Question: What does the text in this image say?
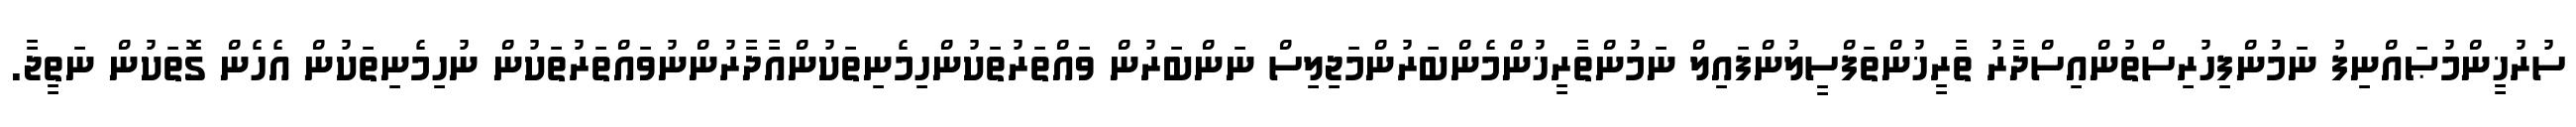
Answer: ސުރުޚީންމުޞައްނިފު ނަމުންފިހުރިސްތުންއިސްދާރު ތާރީޚުންތަފްސީލުންފައިލް ނަމުންތާރީޚުންމެންބަރުންމަޖިލިސް ނަންބަރުން ވައްތަރުތަކުންހިމެނިތަކުންއާދާރުންނުވައްތަރުތަކުން ނުހިމެނިތަކުން އެހެން ގޮތަކުން ނަތީޖާ.